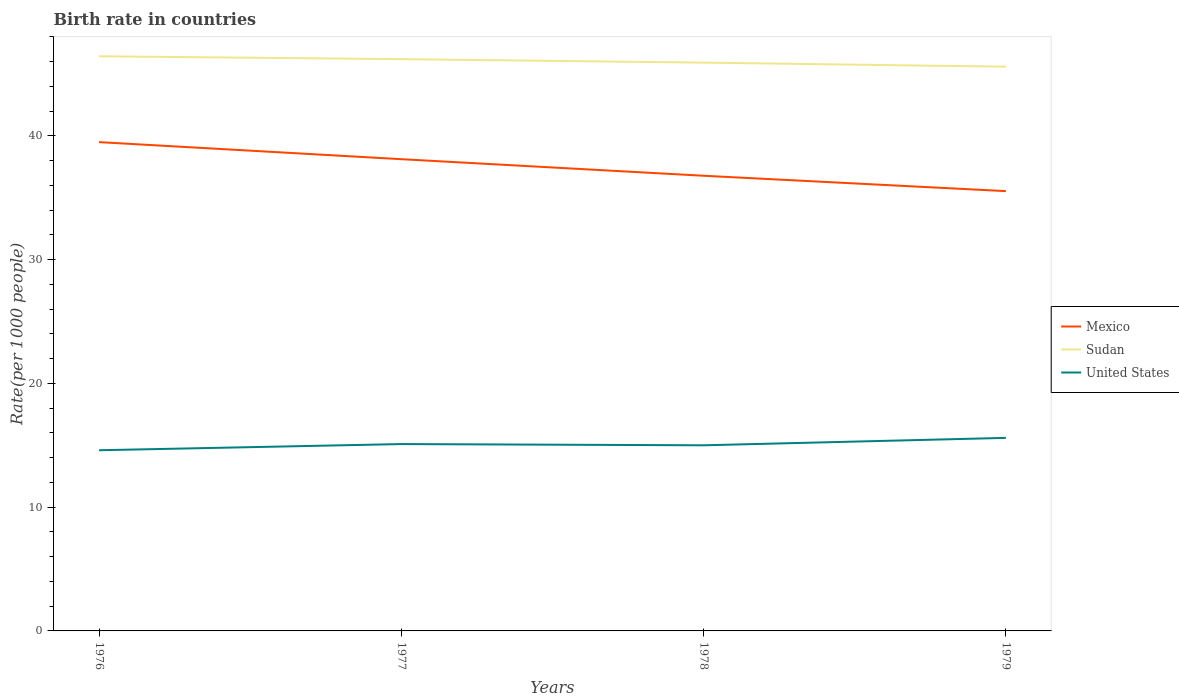
| Years | Mexico | Sudan | United States |
 | --- | --- | --- | --- |
 | 1976 | 39.5 | 46.4 | 14.6 |
 | 1977 | 38.1 | 46.2 | 15.1 |
 | 1978 | 36.8 | 45.9 | 15 |
 | 1979 | 35.5 | 45.6 | 15.6 |